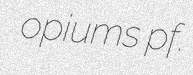
opiums pf.